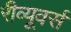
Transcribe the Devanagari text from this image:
रीव्यूवर्स